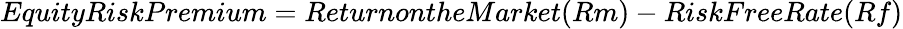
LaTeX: EquityRiskPremium=ReturnontheMarket(Rm)-RiskFreeRate(Rf)